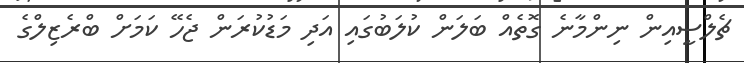
ޗެލްސީއިން ނިންމާނެ ގޮތެއް ބަލަން ކުލަބުގައި އަދި މަޑުކުރަން ޖެހޭ ކަމަށް ބްރެޒިލްގެ